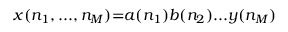
x ( n _ { 1 } , . . . , n _ { M } ) { = } a ( n _ { 1 } ) b ( n _ { 2 } ) . . . y ( n _ { M } )